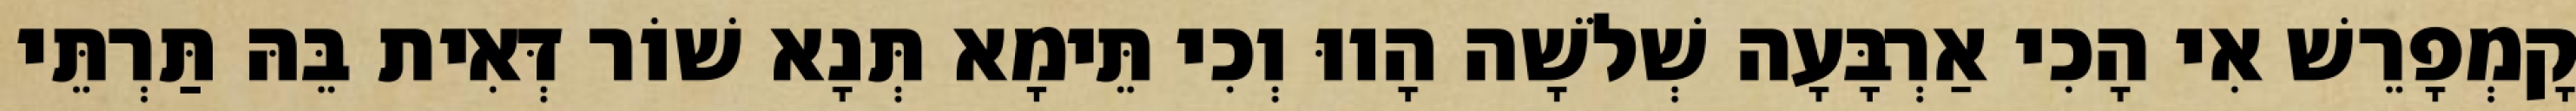
קָמְפָרֵשׁ אִי הָכִי אַרְבָּעָה שְׁלֹשָׁה הָווּ וְכִי תֵּימָא תְּנָא שׁוֹר דְּאִית בֵּהּ תַּרְתֵּי